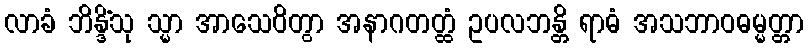
လာခံ ဘိန္ဒိံသု သ္မာ အာသေဝိတွာ အနာဂတတ္ထံ ဥပလဘန္တိ ရာဓံ အသဘာဝဓမ္မတ္တာ